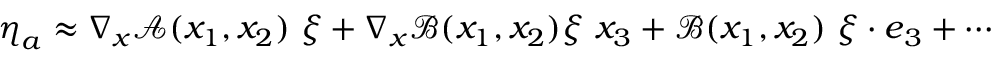
\boldsymbol { \eta } _ { a } \approx \nabla _ { \boldsymbol { x } } \boldsymbol { \mathcal { A } } ( x _ { 1 } , x _ { 2 } ) \ \boldsymbol { \xi } + \nabla _ { \boldsymbol { x } } \boldsymbol { \mathcal { B } } ( x _ { 1 } , x _ { 2 } ) \boldsymbol { \xi } \ x _ { 3 } + \boldsymbol { \mathcal { B } } ( x _ { 1 } , x _ { 2 } ) \ \boldsymbol { \xi } \cdot \boldsymbol { e } _ { 3 } + \cdots